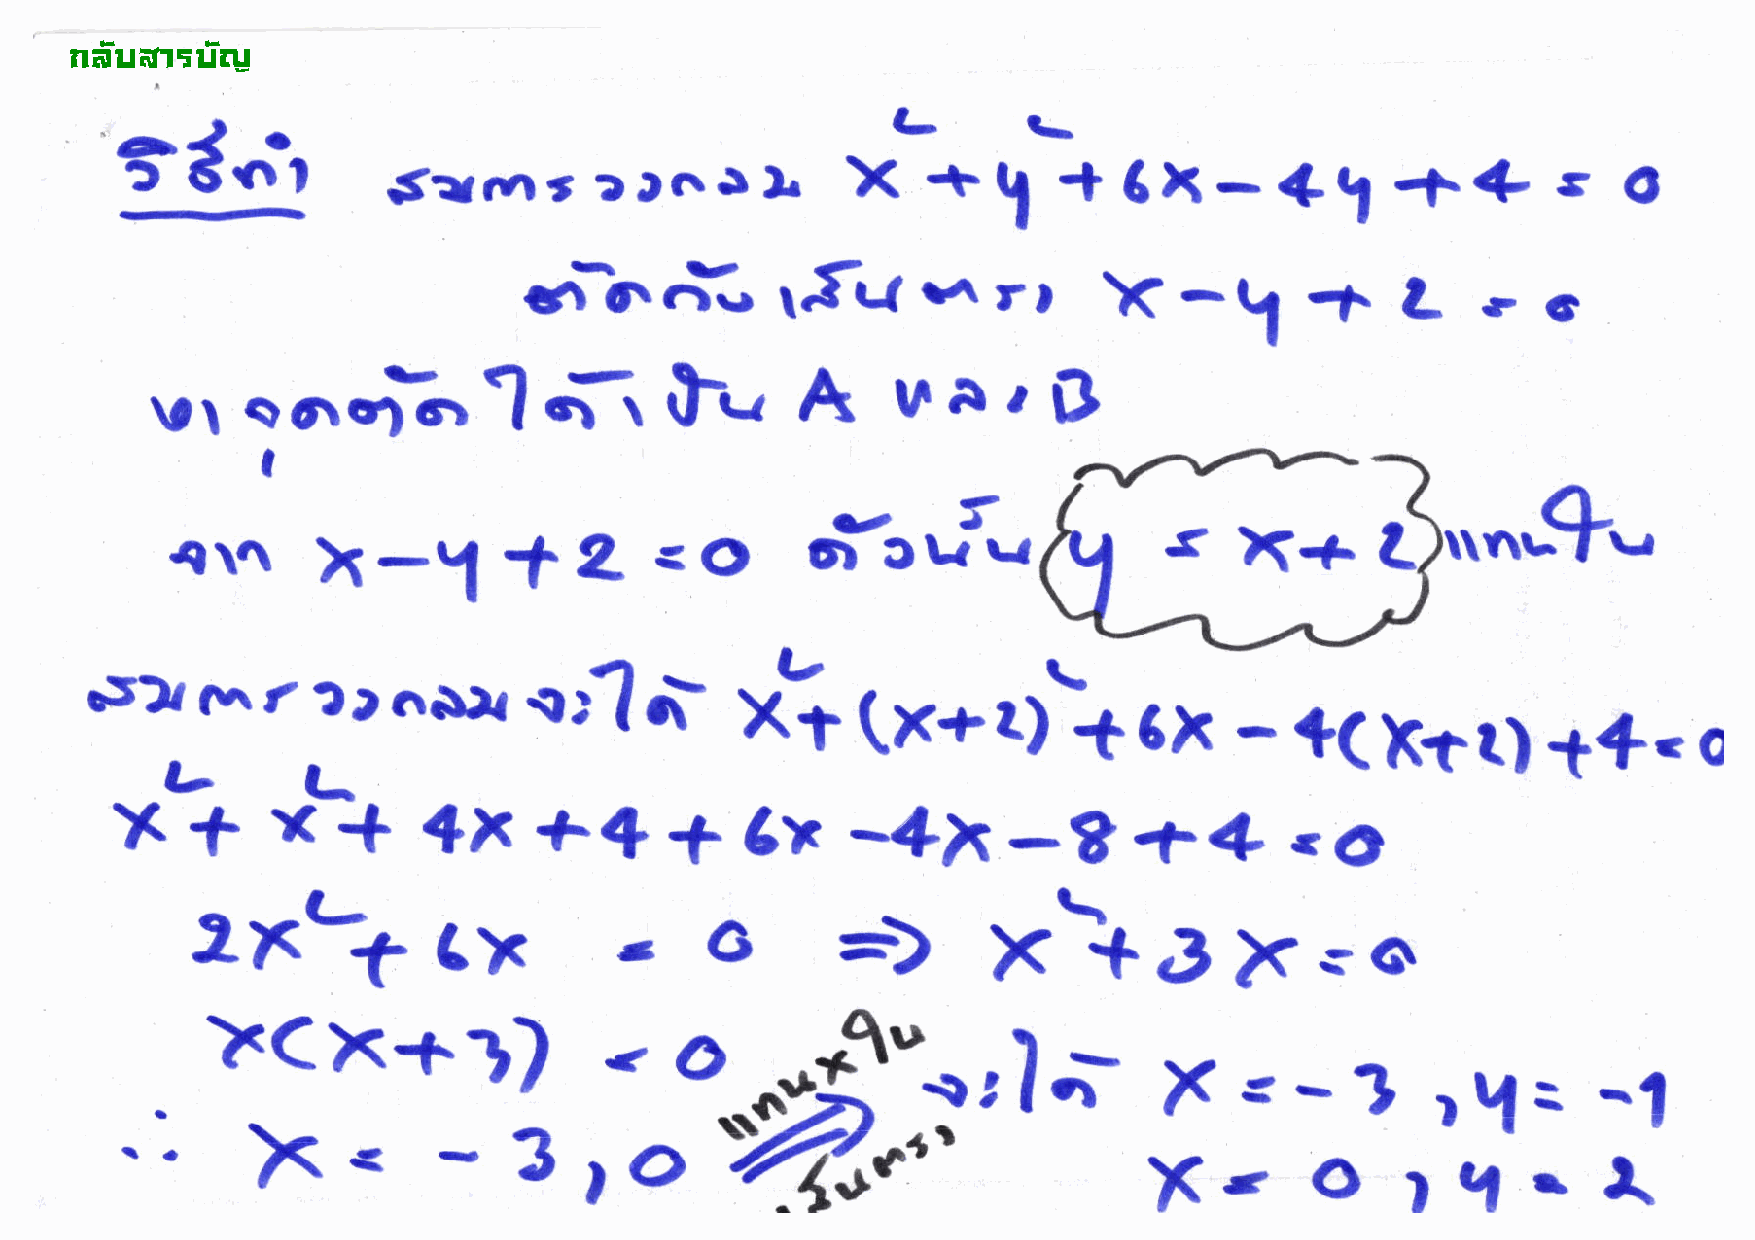
!"#$%&'$#(
 ?d..i                                      L    ti*
 4l
 .srrnl       2eGr                               6x     -          f€s
 1-*
 rl
 3f       .|rr    rf.r     Y\          X    -\       +
 -YO                                                    L?(ll
 rb(lr'S                     A     uAr$
 crrUtr
 \,laorc)6f
 f
 I
 {\'\                            .O         oiat'-                 s
 X-tl        +Z                                               X.+            ar,,-9*,
 {fl
 (x+r)i
 a,.'                                       x?                                   t(xrt)
 6x     -                   t*c
 :'..s)'                '.-
 a-L                                                                                                  o
 X    +    x   +     4X      ++      +3r         -4X-8f4                      .6r
 rxli                              6
 cx
 3                        X\J
 X-o
 =D
 )l(x+])
 $'
 j
 -
 o
 r.-
 X        _        rY:
 ^*f'..,                                                 -1
 ,ofro                       ?              =
 )<.          -3                    ffif'
 [ro              )i'l